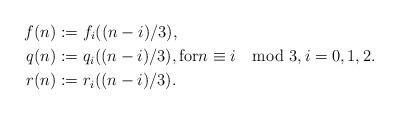
LaTeX: \begin{align*}f(n) &:= f_i((n-i)/3), \\ q(n) &:= q_i((n-i)/3), \mbox{for} n \equiv i \mod 3, i = 0,1,2. \\ r(n) &:= r_i((n-i)/3). \end{align*}